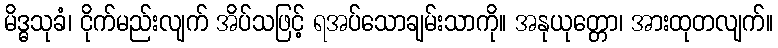
မိဒ္ဓသုခံ၊ ငိုက်မည်းလျက် အိပ်သဖြင့် ရအပ်သောချမ်းသာကို။ အနုယုတ္တော၊ အားထုတလျက်။